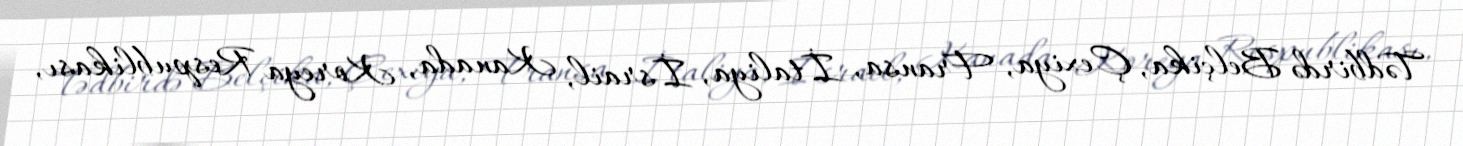
Tədbirdə Belçika, Çexiya, Fransa, İtaliya, İsrail, Kanada, Koreya Respublikası,